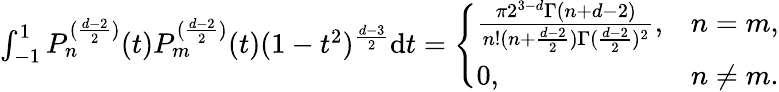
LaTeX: \begin{array}{r}{\int_{-1}^{1}P_{n}^{(\frac{d-2}{2})}(t)P_{m}^{(\frac{d-2}{2})}(t)(1-t^{2})^{\frac{d-3}{2}}\mathrm{d}t=\left\{ \begin{array}{ll}{\frac{\pi 2^{3-d}\Gamma(n+d-2)}{n!(n+\frac{d-2}{2})\Gamma(\frac{d-2}{2})^{2}},}&{n=m,}\\ {0,}&{n\ne m.}\end{array}\right.}\end{array}